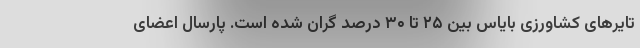
تایر‌های کشاورزی بایاس بین ۲۵ تا ۳۰ درصد گران شده است. پارسال اعضای